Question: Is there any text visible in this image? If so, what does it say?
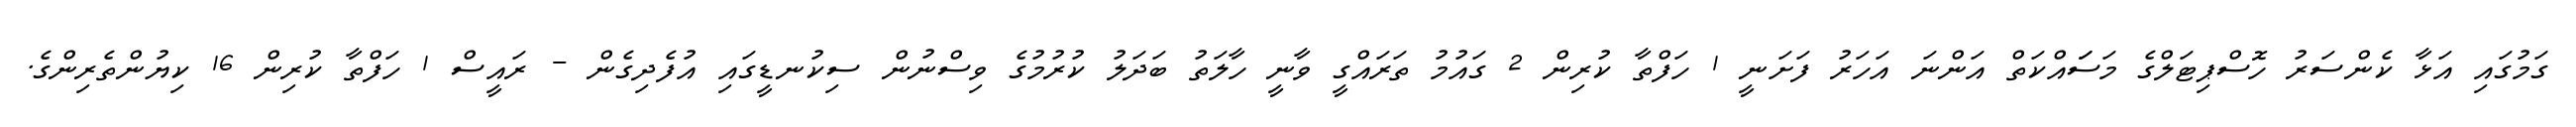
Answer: ގަމުގައި އަޅާ ކެންސަރު ހޮސްޕިޓަލްގެ މަސަައްކަތް އަންނަ އަހަރު ފަށަނީ 1 ހަފްތާ ކުރިން 2 ގައުމު ތަރައްގީ ވާނީ ހާލަތު ބަދަލު ކުރުމުގެ ވިސްނުން ސިކުނޑީގައި އުފެދިގެން - ރައީސް 1 ހަފްތާ ކުރިން 16 ކިޔުންތެރިންގެ.